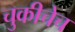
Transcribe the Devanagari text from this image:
चुकीचेच